Emmaste_vallavalitsus, lk 42
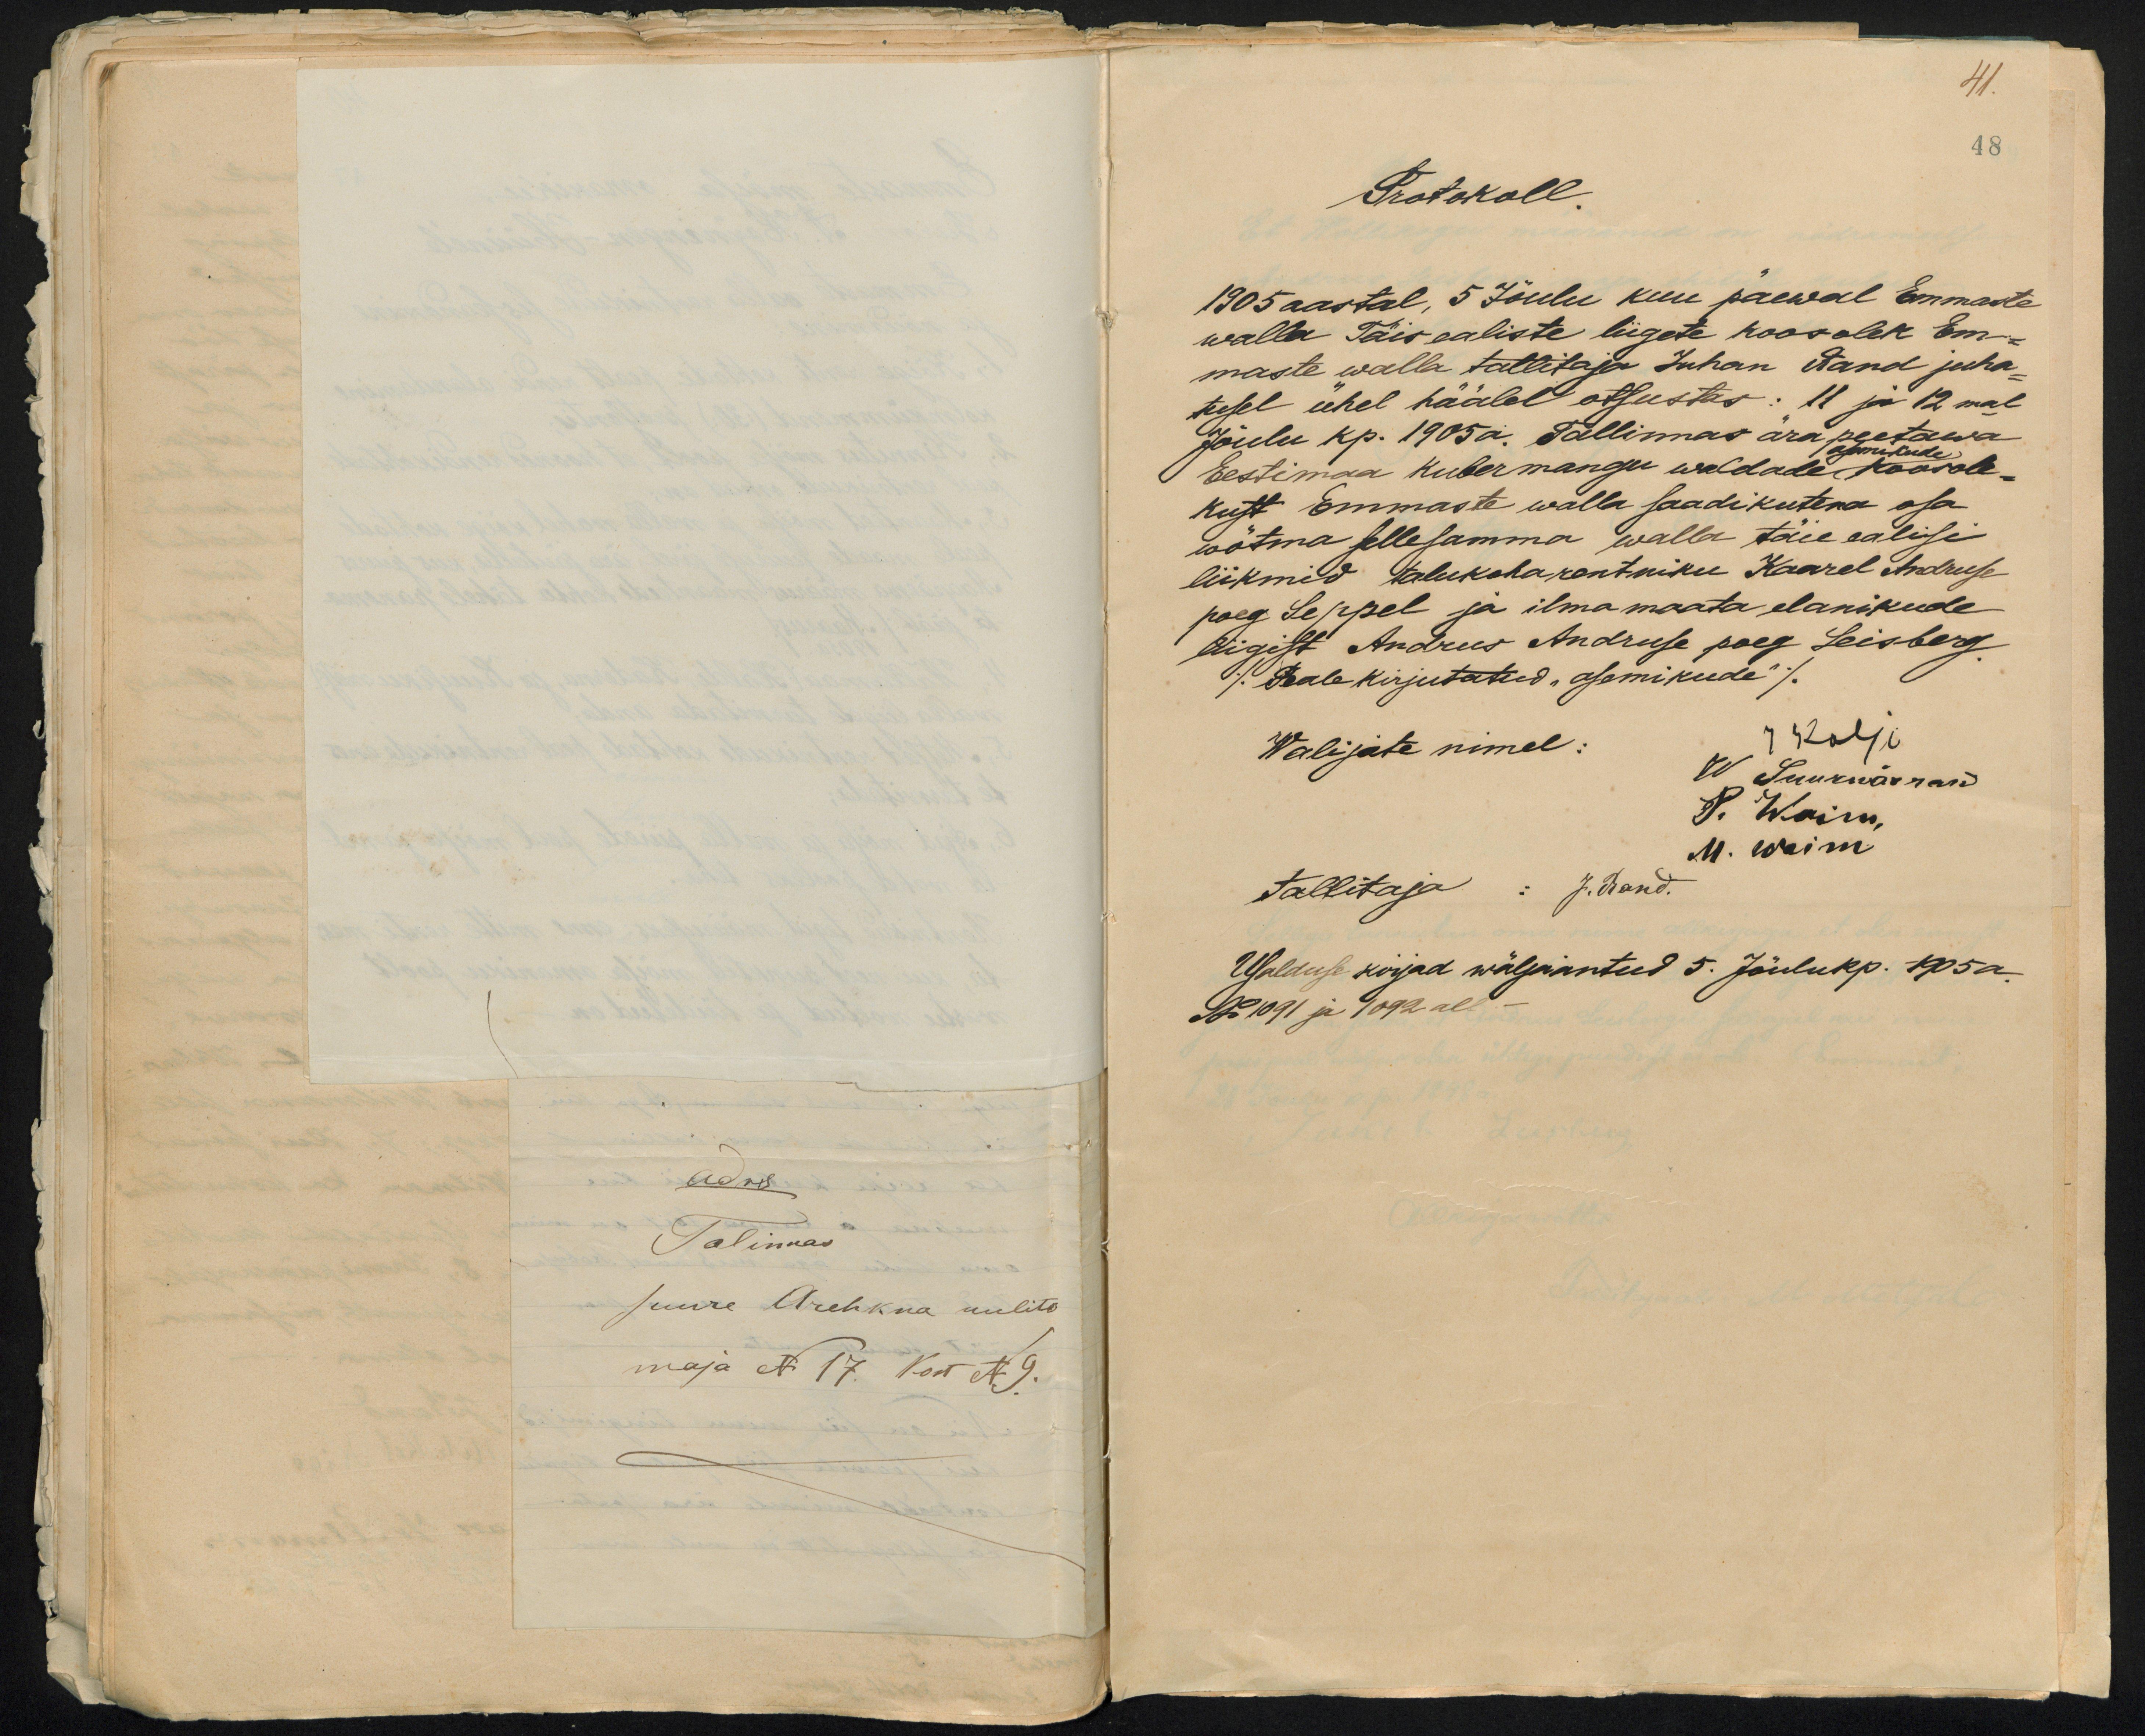
41.
48
Protokoll.
1905 aastal, 5 Jõulu kuu päewal Emmaste
walla Täisealiste liigete koosolek Em-
maste walla tallitaja Juhan Rand juha-
tusel ühel häälel otsustas: 11 ja 12mal
Jõulu kp. 1905 a. Tallinnas ära peetawa
asemikude
Eestimaa Kubermangu waldade koosole-
kust Emmaste walla saadikutena osa
wõtma sellesamma walla täie ealise
liikmed talukoha rentniku Kaarel Andruse
poeg Seppel ja ilma maata elanikude
liigist Andrus Andruse poeg Leisberg
/Peale kirjutatud "asemikude"/
Walijate nimel:
J Kalju
W Suurwärrand
P. Waim,
M. waim
Tallitaja: J. Rand.
Usalduse kirjad wäljaantud 5. Jõulukp. 1905 a.
No1091 ja 1092 all -